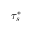
\boldsymbol { \tau _ { s } ^ { * } }